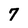
Character: 7